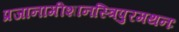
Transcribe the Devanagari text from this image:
प्रजानामीशानस्त्रिपुरमथनः